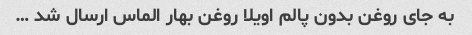
به جای روغن بدون پالم اویلا روغن بهار الماس ارسال شد …